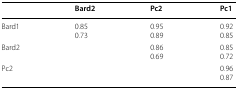
|  | Bard2 | Pc2 | Pc1 |
 | --- | --- | --- | --- |
 | Bard1 | 0.850.73 | 0.950.89 | 0.920.85 |
 | Bard2 |  | 0.860.69 | 0.850.72 |
 | Pc2 |  |  | 0.960.87 |